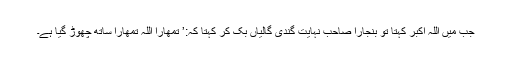
جب مَیں اللہ اکبر کہتا تو بنجارا صاحب نہایت گندی گالیاں بک کر کہتا کہ:’ تمھارا اللہ تمھارا ساتھ چھوڑ گیا ہے۔